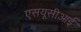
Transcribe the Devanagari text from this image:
एसयूसीआई